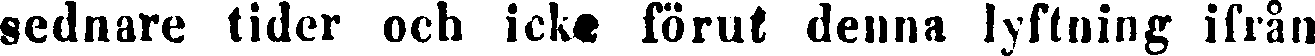
sednare tider och icke förut denna lyftning ifrån